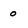
Character: 0